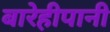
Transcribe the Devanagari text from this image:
बारेहीपानी